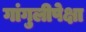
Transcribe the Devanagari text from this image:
गांगुलीपेक्षा